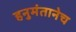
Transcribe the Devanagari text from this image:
हनुमंतानेच